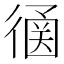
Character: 𢕠